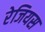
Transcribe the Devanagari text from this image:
रेजियस